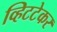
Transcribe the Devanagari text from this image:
व्हिटटेकर